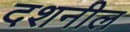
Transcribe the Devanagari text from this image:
दशनील